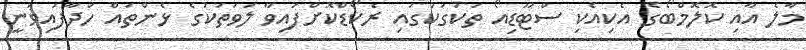
މާލެ އާއި ކޮލޮމްބޯގެ އެކިއެކި ސްޓޫޑިއޯ ތަކުގަކުގައި ރެކޯޑްކޮށްފައިވާ ލަވަތަކުގެ ޅެންތައް ހަދާފައިވަނީ